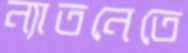
ন্যাতনেতে